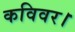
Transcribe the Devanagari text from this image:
कविवर।